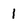
Character: 1